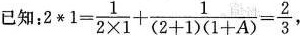
$$ 已知: $$ 2*1 = \frac{1}{2 \times 1} + \frac{1}{(2 + 1)(1 + A)} = \frac{2}{3} $$ ，